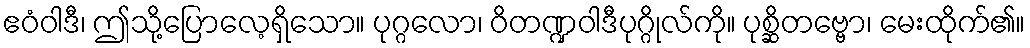
ဧဝံဝါဒီ၊ ဤသို့ပြောလေ့ရှိသော။ ပုဂ္ဂလော၊ ဝိတဏ္ဍဝါဒီပုဂ္ဂိုလ်ကို။ ပုစ္ဆိတဗ္ဗော၊ မေးထိုက်၏။